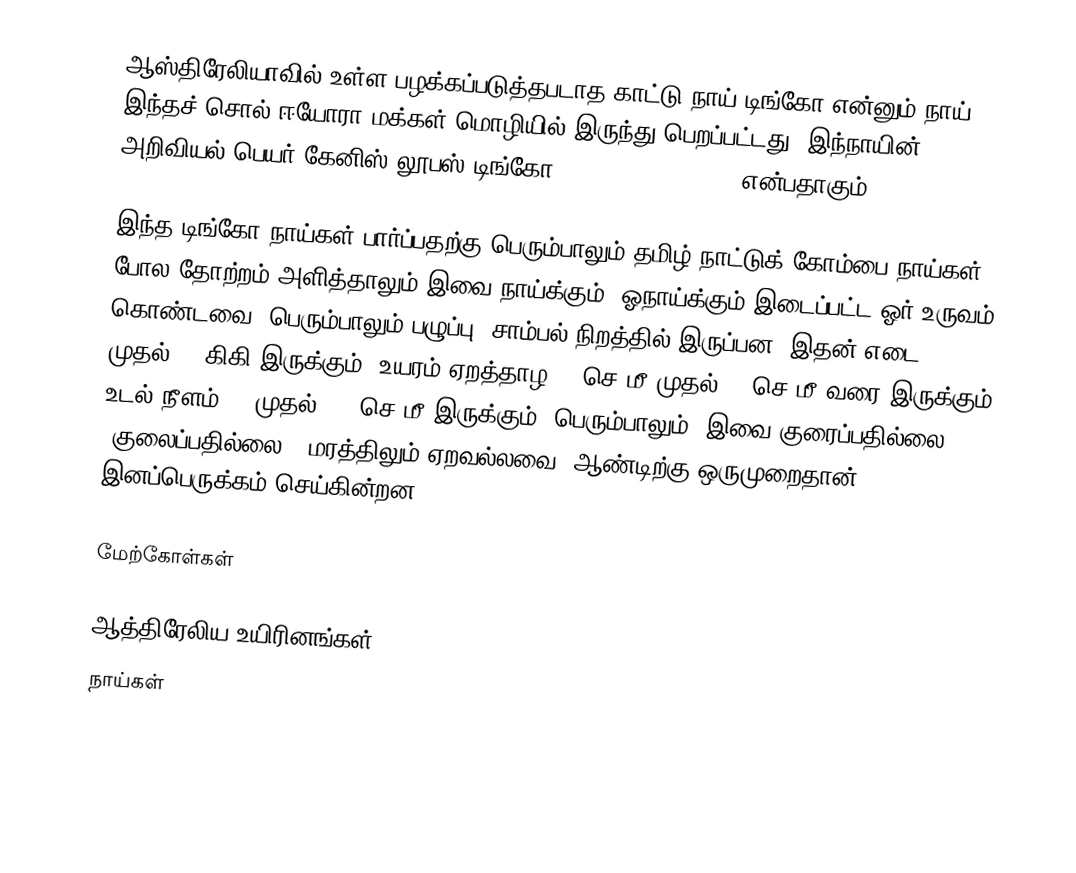
ஆஸ்திரேலியாவில் உள்ள பழக்கப்படுத்தபடாத காட்டு நாய் டிங்கோ என்னும் நாய். இந்தச் சொல் ஈயோரா மக்கள் மொழியில் இருந்து பெறப்பட்டது. இந்நாயின் அறிவியல் பெயர் கேனிஸ் லூபஸ் டிங்கோ (Canis lupus dingo) என்பதாகும்.

இந்த டிங்கோ நாய்கள் பார்ப்பதற்கு பெரும்பாலும் தமிழ் நாட்டுக் கோம்பை நாய்கள் போல தோற்றம் அளித்தாலும் இவை நாய்க்கும், ஓநாய்க்கும் இடைப்பட்ட ஓர் உருவம் கொண்டவை. பெரும்பாலும் பழுப்பு, சாம்பல் நிறத்தில் இருப்பன. இதன் எடை 10 முதல் 24 கிகி இருக்கும்; உயரம் ஏறத்தாழ 44 செ.மீ முதல் 63 செ.மீ வரை இருக்கும்; உடல் நீளம் 86 முதல் 122 செ.மீ இருக்கும். பெரும்பாலும், இவை குரைப்பதில்லை (குலைப்பதில்லை). மரத்திலும் ஏறவல்லவை. ஆண்டிற்கு ஒருமுறைதான் இனப்பெருக்கம் செய்கின்றன.

மேற்கோள்கள்

ஆத்திரேலிய உயிரினங்கள்
நாய்கள்